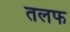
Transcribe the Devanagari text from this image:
तलफ